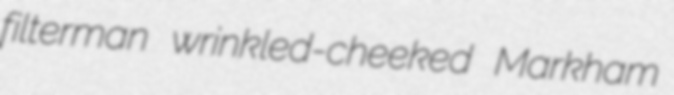
filterman wrinkled-cheeked Markham